Scottish Leaving Certificate Examination, 1961
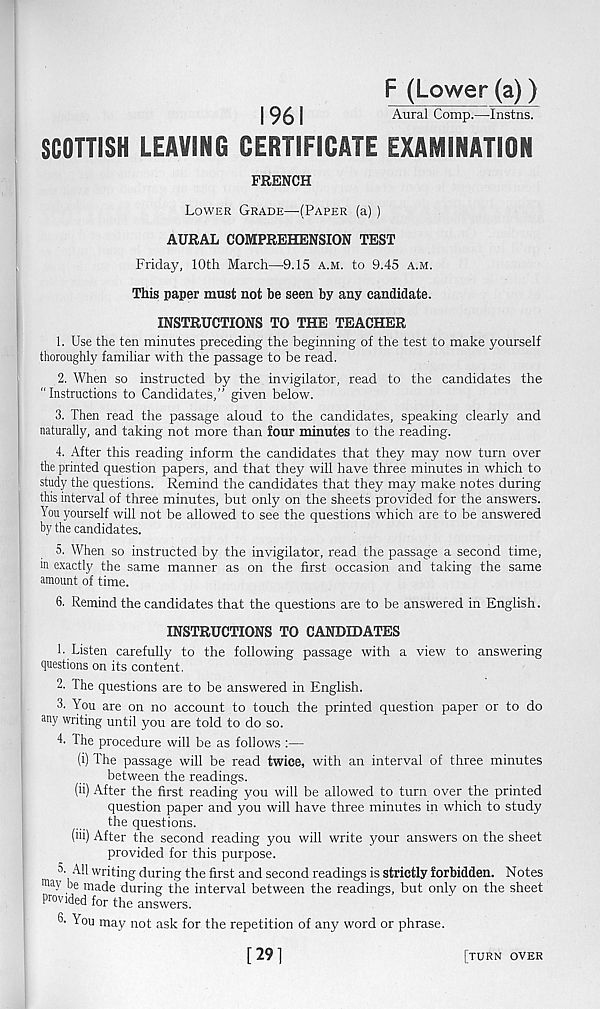
1961
F (Lower(a))
Aural Comp.—Instns.
SCOTTISH LEAVING CERTIFICATE EXAMINATION
FRENCH
Lower Grade—-(Paper (a))
AURAL COMPREHENSION TEST
Friday, 10th March—9.15 a.m. to 9.45 a.m.
This paper must not be seen by any candidate.
INSTRUCTIONS TO THE TEACHER
1. Use the ten minutes preceding the beginning of the test to make yourself
thoroughly familiar with the passage to be read.
2. When so instructed by the invigilator, read to the candidates the
“Instructions to Candidates,” given below.
3. Then read the passage aloud to the candidates, speaking clearly and
naturally, and taking not more than four minutes to the reading.
4. After this reading inform the candidates that they may now turn over
the printed question papers, and that they will have three minutes in which to
study the questions. Remind the candidates that they may make notes during
this interval of three minutes, but only on the sheets provided for the answers.
You yourself will not be allowed to see the questions which are to be answered
by the candidates.
5. When so instructed by the invigilator, read the passage a second time,
in exactly the same manner as on the first occasion and taking the same
amount of time.
6. Remind the candidates that the questions are to be answered in English.
INSTRUCTIONS TO CANDIDATES
1. Listen carefully to the following passage with a view to answering
questions on its content.
2. The questions are to be answered in English.
3. You are on no account to touch the printed question paper or to do
any writing until you are told to do so.
4. The procedure will be as follows :—
(i) The passage will be read twice, with an interval of three minutes
between the readings.
(ii) After the first reading you will be allowed to turn over the printed
question paper and you will have three minutes in which to study
the questions.
(iii) After the second reading you will write your answers on the sheet
provided for this purpose.
a. All writing during the first and second readings is strictly forbidden. Notes
ma y be made during the interval between the readings, but only on the sheet
Provided for the answers.
6- You may not ask for the repetition of any word or phrase.
[29]
[turn over